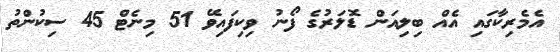
އެމެރިކާގައި އެއް ބިލިއަން ޑޮލަރުގެ ފޯނު ވިކިފައިވޭ 51 މިނެޓް 45 ސިކުންތު